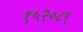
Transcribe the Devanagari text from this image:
१५२०८९